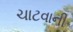
ચાટવાની